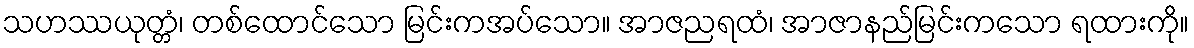
သဟဿယုတ္တံ၊ တစ်ထောင်သော မြင်းကအပ်သော။ အာဇညရထံ၊ အာဇာနည်မြင်းကသော ရထားကို။